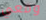
ومعي